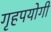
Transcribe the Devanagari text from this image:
गृहपयोगी